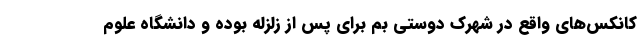
کانکس‌های واقع در شهرک دوستی بم برای پس از زلزله بوده و دانشگاه علوم